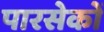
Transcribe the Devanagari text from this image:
पारसेकों